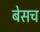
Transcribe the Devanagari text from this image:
बेसच